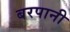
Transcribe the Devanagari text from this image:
बरपानी